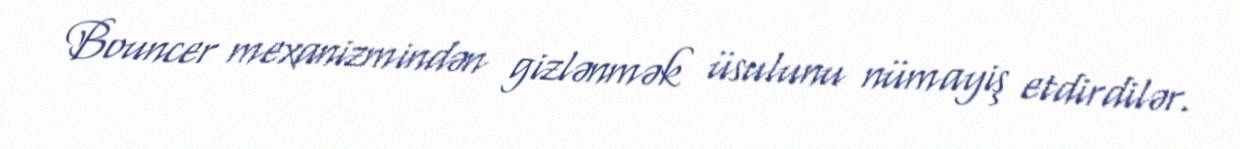
Bouncer mexanizmindən gizlənmək üsulunu nümayiş etdirdilər.